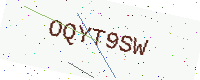
Text: OQYT9SW